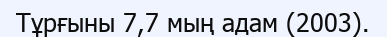
Тұрғыны 7,7 мың адам (2003).